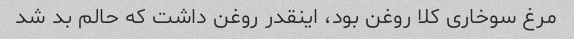
مرغ سوخاری کلا روغن بود، اینقدر روغن داشت که حالم بد شد